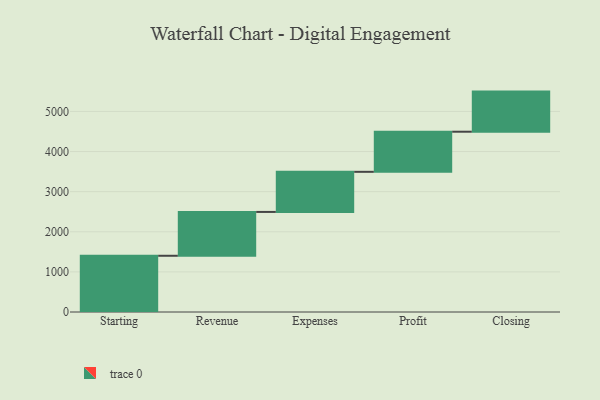
{"axis": {"x": "Step", "y": "Value"}, "legend": [""], "data": [{"x": "Starting", "y": 1402.0, "type": ""}, {"x": "Revenue", "y": 1093.0, "type": ""}, {"x": "Expenses", "y": 1000, "type": ""}, {"x": "Profit", "y": 1000, "type": ""}, {"x": "Closing", "y": 1000, "type": ""}]}